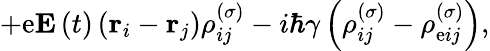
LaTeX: +\mathrm{e}\mathbf{{E}}\left(t\right)\left(\mathbf{{r}}_{i}-\mathbf{{r}}_{j}\right)\rho_{ij}^{\left(\sigma\right)}-i\hbar\gamma\left(\rho_{ij}^{\left(\sigma\right)}-\rho_{\mathrm{e}ij}^{\left(\sigma\right)}\right),